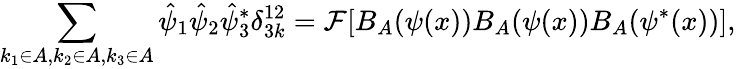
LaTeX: \sum_{k_{1}\in A,k_{2}\in A,k_{3}\in A}\hat{\psi}_{1}\hat{\psi}_{2}\hat{\psi}_{3}^{*}\delta_{3k}^{12}=\mathcal{F}[B_{A}(\psi(x))B_{A}(\psi(x))B_{A}(\psi^{*}(x))],